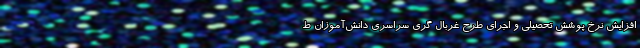
افزایش نرخ پوشش تحصیلی و اجرای طرح غربال گری سراسری دانش‌آموزان ط